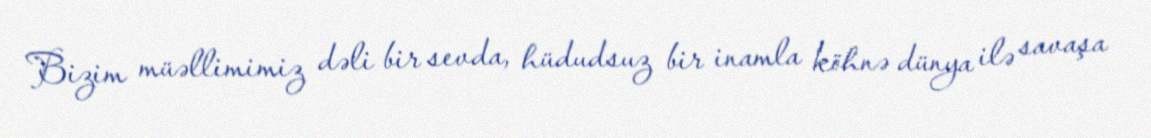
Bizim müəllimimiz dəli bir sevda, hüdudsuz bir inamla köhnə dünya ilə savaşa